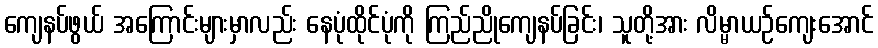
ကျေနပ်ဖွယ် အကြောင်းများမှာလည်း နေပုံထိုင်ပုံကို ကြည်ညိုကျေနပ်ခြင်း၊ သူတို့အား လိမ္မာယဉ်ကျေးအောင်